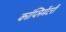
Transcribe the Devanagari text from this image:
कांप्लिमेंटरी